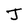
Character: J